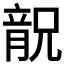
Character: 𱏬